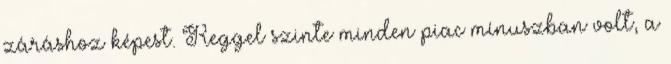
záráshoz képest. Reggel szinte minden piac mínuszban volt, a